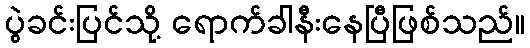
ပွဲခင်းပြင်သို့ ရောက်ခါနီးနေပြီဖြစ်သည်။